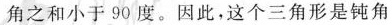
角之和小于90度。因此，这个三角形是钝角